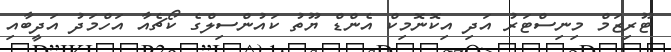
ޓޫރިޒަމް މިނިސްޓަރު އަދި އިކޮނޮމިކް އެންޑް ޔޫތު ކައުންސިލްގެ ކޯޗެއާ އަހްމަދު އަދީބާއި